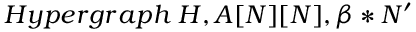
H y p e r g r a p h \; H , A [ N ] [ N ] , \beta * N ^ { \prime }